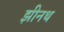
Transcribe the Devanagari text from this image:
झीनथ